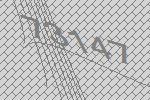
73147